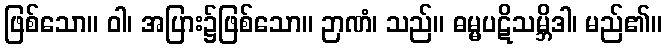
ဖြစ်သော။ ဝါ၊ အပြား၌ဖြစ်သော။ ဉာဏံ၊ သည်။ ဓမ္မပဋိသမ္ဘိဒါ၊ မည်၏။